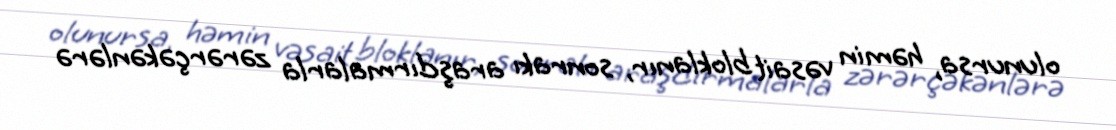
olunursa, həmin vəsait bloklanır, sonrakı araşdırmalarla zərərçəkənlərə